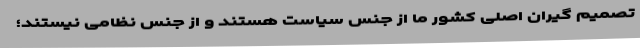
تصمیم گیران اصلی کشور ما از جنس سیاست هستند و از جنس نظامی نیستند؛